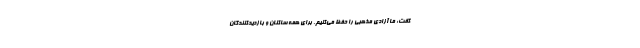
گفت: ما آزادی مذهبی را حفظ می‌کنیم. برای همه ساکنان و بازدیدکنندگان